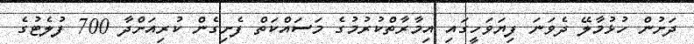
ދަށުން ހުޅުމާލޭ ދެވަނަ ފިޔަވަހީގައި އިމާރާތްކުރުމުގެ މަސައްކަތް ފެށިގެން ކުރިއަށްދާ 700 ފުލެޓުގެ